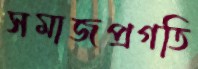
সমাজপ্রগতি